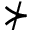
\nsucc